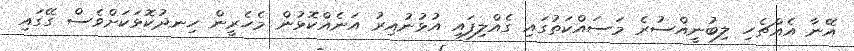
އޭނާ އެއްޗެހި ލިބުނީއްސުރެ މަސައްކަތުގައި ގެއްލިފައި އުޅުނުއިރު އަނެއްކޮޅުން މެހެރީން ހިނދުކޮޅަކަށްވެސް ގޭގައި